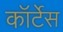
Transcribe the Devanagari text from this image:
कॉर्टेस